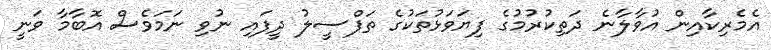
އެމެރިކާއިން އުވާލާނެ ދަތިކުރުމުގެ ފިޔަވަޅުތަކުގެ ތަފްސީލު ދީފައި ނުވި ނަމަވެސް އޮބާމާ ވަނީ